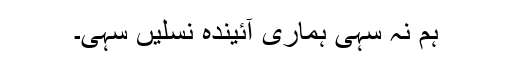
ہم نہ سہی ہماری آئیندہ نسلیں سہی۔